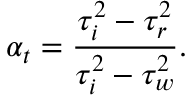
\alpha _ { t } = \frac { \tau _ { i } ^ { 2 } - \tau _ { r } ^ { 2 } } { \tau _ { i } ^ { 2 } - \tau _ { w } ^ { 2 } } .